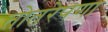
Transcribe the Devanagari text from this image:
तोतरेपणा